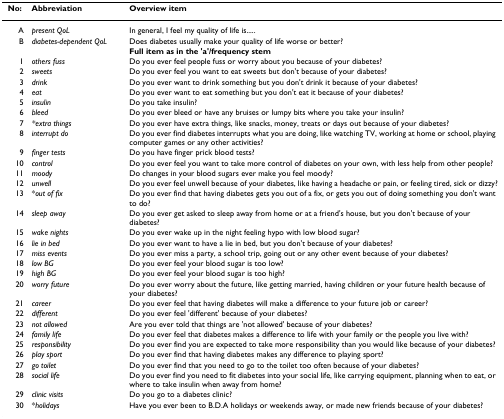
<table><thead><tr><td><b>No:</b></td><td><b>Abbreviation</b></td><td><b>Overview item</b></td></tr></thead><tbody><tr><td>A</td><td><i>present QoL</i></td><td>In general, I feel my quality of life is.....</td></tr><tr><td>B</td><td><i>diabetes-dependent QoL</i></td><td>Does diabetes usually make your quality of life worse or better?</td></tr><tr><td></td><td></td><td><b>Full item as in the &#x27;a&#x27;/frequency stem</b></td></tr><tr><td>1</td><td><i>others fuss</i></td><td>Do you ever feel people fuss or worry about you because of your diabetes?</td></tr><tr><td>2</td><td><i>sweets</i></td><td>Do you ever feel you want to eat sweets but don&#x27;t because of your diabetes?</td></tr><tr><td>3</td><td><i>drink</i></td><td>Do you ever want to drink something but you don&#x27;t drink it because of your diabetes?</td></tr><tr><td>4</td><td><i>eat</i></td><td>Do you ever want to eat something but you don&#x27;t eat it because of your diabetes?</td></tr><tr><td>5</td><td><i>insulin</i></td><td>Do you take insulin?</td></tr><tr><td>6</td><td><i>bleed</i></td><td>Do you ever bleed or have any bruises or lumpy bits where you take your insulin?</td></tr><tr><td>7</td><td><i>*extra things</i></td><td>Do you ever have extra things, like snacks, money, treats or days out because of your diabetes?</td></tr><tr><td>8</td><td><i>interrupt do</i></td><td>Do you ever find diabetes interrupts what you are doing, like watching TV, working at home or school, playing computer games or any other activities?</td></tr><tr><td>9</td><td><i>finger tests</i></td><td>Do you have finger prick blood tests?</td></tr><tr><td>10</td><td><i>control</i></td><td>Do you ever feel you want to take more control of diabetes on your own, with less help from other people?</td></tr><tr><td>11</td><td><i>moody</i></td><td>Do changes in your blood sugars ever make you feel moody?</td></tr><tr><td>12</td><td><i>unwell</i></td><td>Do you ever feel unwell because of your diabetes, like having a headache or pain, or feeling tired, sick or dizzy?</td></tr><tr><td>13</td><td>*<i>out of fix</i></td><td>Do you ever find that having diabetes gets you out of a fix, or gets you out of doing something you don&#x27;t want to do?</td></tr><tr><td>14</td><td><i>sleep away</i></td><td>Do you ever get asked to sleep away from home or at a friend&#x27;s house, but you don&#x27;t because of your diabetes?</td></tr><tr><td>15</td><td><i>wake nights</i></td><td>Do you ever wake up in the night feeling hypo with low blood sugar?</td></tr><tr><td>16</td><td><i>lie in bed</i></td><td>Do you ever want to have a lie in bed, but you don&#x27;t because of your diabetes?</td></tr><tr><td>17</td><td><i>miss events</i></td><td>Do you ever miss a party, a school trip, going out or any other event because of your diabetes?</td></tr><tr><td>18</td><td><i>low BG</i></td><td>Do you ever feel your blood sugar is too low?</td></tr><tr><td>19</td><td><i>high BG</i></td><td>Do you ever feel your blood sugar is too high?</td></tr><tr><td>20</td><td><i>worry future</i></td><td>Do you ever worry about the future, like getting married, having children or your future health because of your diabetes?</td></tr><tr><td>21</td><td><i>career</i></td><td>Do you ever feel that having diabetes will make a difference to your future job or career?</td></tr><tr><td>22</td><td><i>different</i></td><td>Do you ever feel &#x27;different&#x27; because of your diabetes?</td></tr><tr><td>23</td><td><i>not allowed</i></td><td>Are you ever told that things are &#x27;not allowed&#x27; because of your diabetes?</td></tr><tr><td>24</td><td><i>family life</i></td><td>Do you ever feel that diabetes makes a difference to life with your family or the people you live with?</td></tr><tr><td>25</td><td><i>responsibility</i></td><td>Do you ever find you are expected to take more responsibility than you would like because of your diabetes?</td></tr><tr><td>26</td><td><i>play sport</i></td><td>Do you ever find that having diabetes makes any difference to playing sport?</td></tr><tr><td>27</td><td><i>go toilet</i></td><td>Do you ever find that you need to go to the toilet too often because of your diabetes?</td></tr><tr><td>28</td><td><i>social life</i></td><td>Do you ever find you need to fit diabetes into your social life, like carrying equipment, planning when to eat, or where to take insulin when away from home?</td></tr><tr><td>29</td><td><i>clinic visits</i></td><td>Do you go to a diabetes clinic?</td></tr><tr><td>30</td><td>*<i>holidays</i></td><td>Have you ever been to B.D.A holidays or weekends away, or made new friends because of your diabetes?</td></tr></tbody></table>